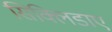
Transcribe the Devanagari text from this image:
सिक्लिडाए